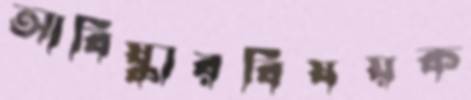
আবিষ্কারবিষয়ক